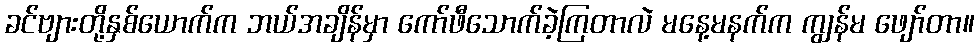
ခင်ဗျားတို့နှစ်ယောက်က ဘယ်အချိန်မှာ ကော်ဖီသောက်ခဲ့ကြတာလဲ မနေ့မနက်က ကျွန်မ ဖျော်တာ။